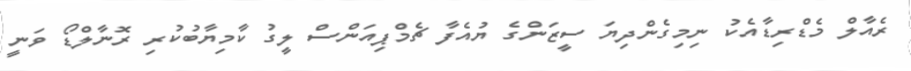
ރެއާލް މެޑްރިޑާއެކު ނިމިގެންދިޔަ ސީޒަންގެ ޔުއެފާ ޗެމްޕިއަންސް ލީގު ކާމިޔާބުކުރި ރޮނާލްޑޯ ވަނީ